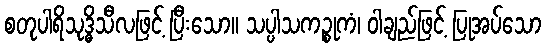
စတုပါရိသုဒ္ဓိသီလဖြင့် ပြီးသော။ သပ္ပါသကဉ္စုကံ၊ ဝါချည်ဖြင့် ပြုအပ်သော